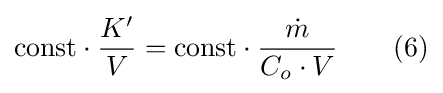
{\mbox{const}}\cdot {\frac {K'}{V}}={\mbox{const}}\cdot {\frac {\dot {m}}{C_{o}\cdot V}}\qquad (6)